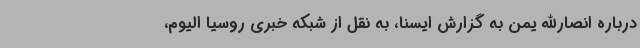
درباره انصارالله یمن به گزارش ایسنا، به نقل از شبکه خبری روسیا الیوم،